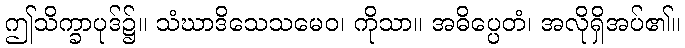
ဤသိက္ခာပုဒ်၌။ သံဃာဒိသေသမေဝ၊ ကိုသာ။ အဓိပ္ပေတံ၊ အလိုရှိအပ်၏။